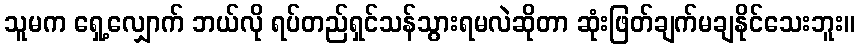
သူမက ရှေ့လျှောက် ဘယ်လို ရပ်တည်ရှင်သန်သွားရမလဲဆိုတာ ဆုံးဖြတ်ချက်မချနိုင်သေးဘူး။